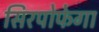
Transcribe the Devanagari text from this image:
सिरपोफेगा